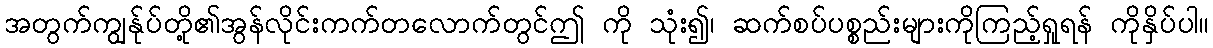
အတွက်ကျွန်ုပ်တို့၏အွန်လိုင်းကက်တလောက်တွင်ဤ ကို သုံး၍၊ ဆက်စပ်ပစ္စည်းများကိုကြည့်ရှုရန် ကိုနှိပ်ပါ။